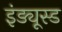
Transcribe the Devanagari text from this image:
इंड्यूस्ड